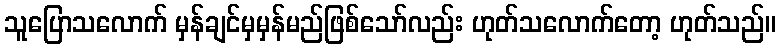
သူပြောသလောက် မှန်ချင်မှမှန်မည်ဖြစ်သော်လည်း ဟုတ်သလောက်တော့ ဟုတ်သည်။